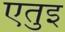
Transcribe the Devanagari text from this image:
एतुइ